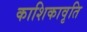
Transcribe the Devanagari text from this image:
काशिकावृति